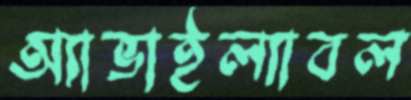
অ্যাভাইল্যাবল